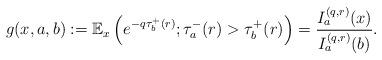
LaTeX: \begin{align*} g(x,a,b) :=\mathbb{E}_x\left(e^{-q\tau_b^+(r)};\tau_a^-(r) > \tau_b^+(r)\right)= \frac {I_a^{(q,r)}(x)} {I_a^{(q,r)}(b)}.\end{align*}